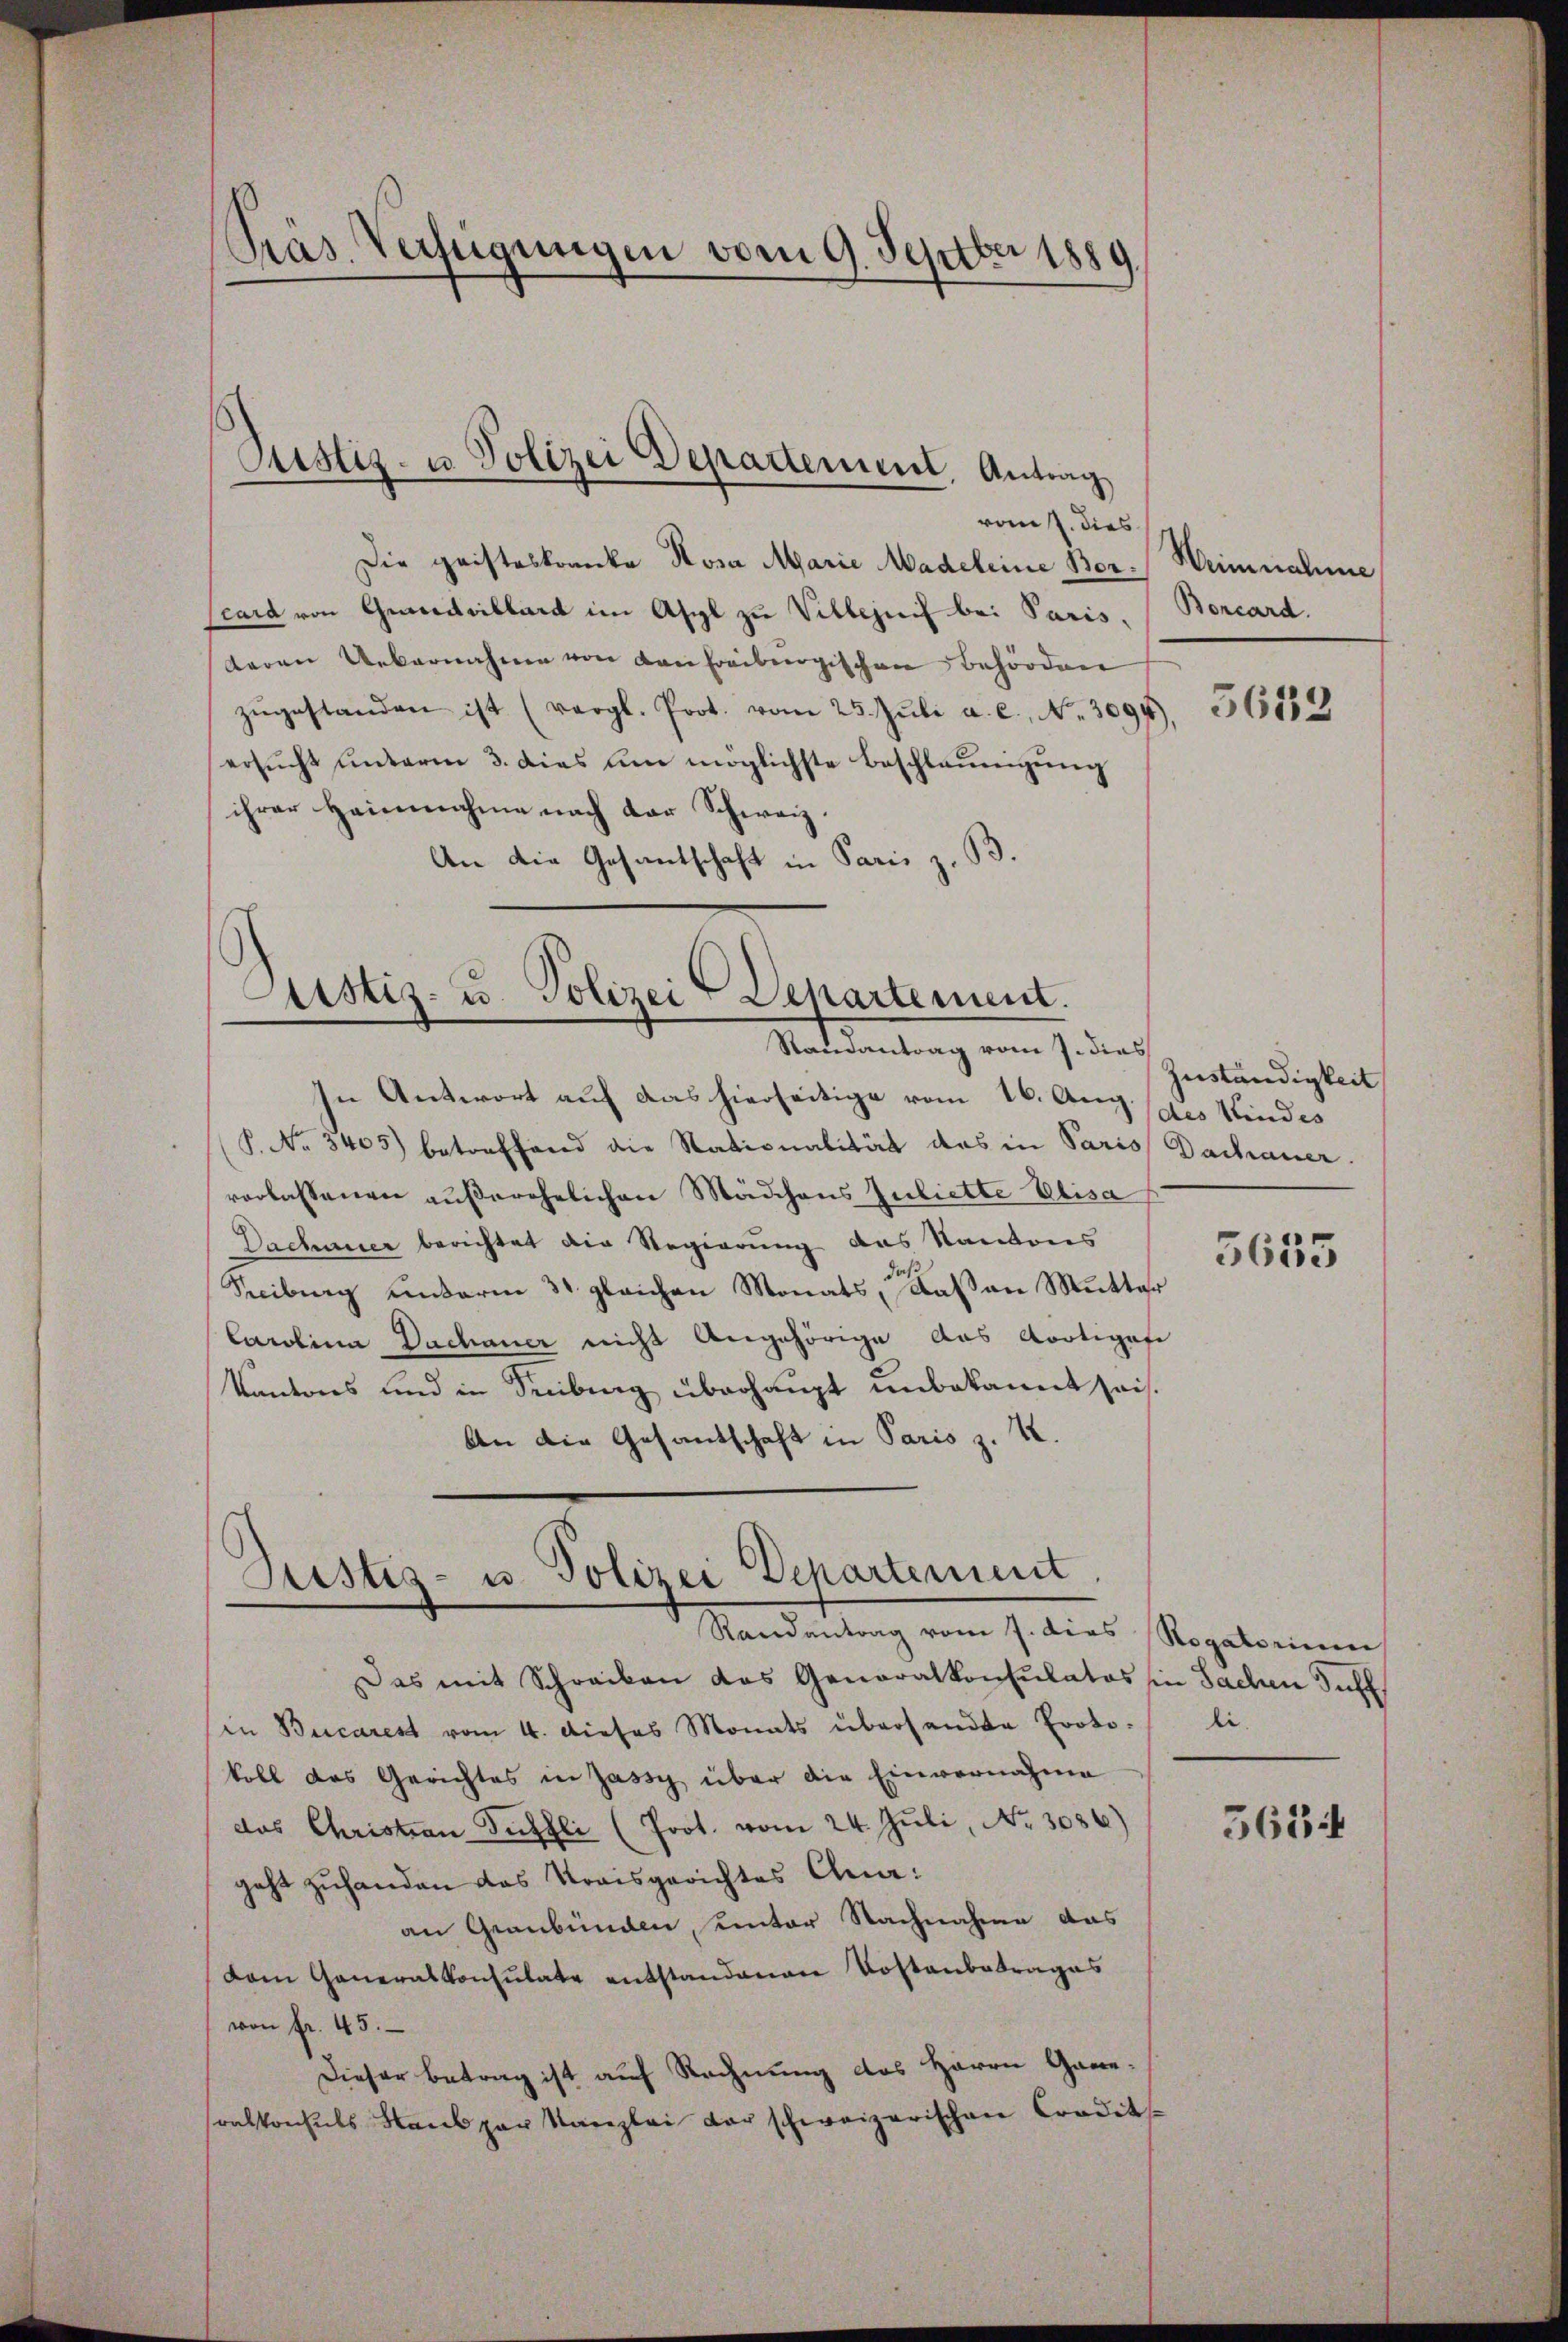
vomp. dies
Die geisteskranke Rosa Marie Madeleine Ber-Weinnahme
card von Grundvillard im Asyl zu Villezeit bei Paris. (Borcard.
deren Uebernahme von von Freiburgischen Behörden
zŭgestanden ist (vergl. Prot. vom 25. Juli a. c. No. 3094
ersŭcht unterm 3. dies um möglichste Beschleunigung
ihrer Heinnahme nach der Schweiz.
An die Gesantschaft in Paris z. B.

Pras Verfügungen vom 9. Septber 1889.

Justiz- u. Polizei Departement, Antrag

Justiz- u. Polizei Departement.
Randantrag vom 7. dies

In Antwort auf das hierseitige vom 16. Aug. (des Kindes
(S. No 3465) betreffend die Stationalität das in Paris Dachauer
verlassenen außerehelichen Mädchens zubiette Elisa
Dachener berichtet die Regierung des Kantons
Reiburg unterm 31. gleichen Monats, daß an Mutter
Carolina Dachauer nicht Angehörige das Apotiges
Kantons und in Freibung überhaupt unbekannt sei.
An die Gesandschaft in Paris z. K.

Gustiz- u. Polizei Departement.
Randantrag vom 7. dies Rogatorium

Das mit Schreiben das Generalkonsulatos in Sachen Sihl
in Bucarest vom 4. dieses Monats übersandte Proto-li-
koll das Gerichtes in Jassy über die Einvernahme
das Christian Sittli (Prot. vom 24. Juli, No. 3086)
jeht zuhanden das Kraisgerichtes Ana:
an Graubünden, unter Nachnahme das
dam Generalkonsulate entstandenen Kostenbetrages
von fr. 45.
Dieser Betrag ist auf Rechnung des Herrn Gare-
ralkonsuls Hans par Kanzlei der schweizerischen Credits¬

5682

Zuständigkeit

3655

3634